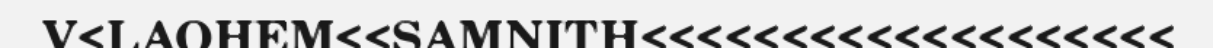
V<LAOHEM<<SAMNITH<<<<<<<<<<<<<<<<<<<